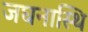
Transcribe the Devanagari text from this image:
जघनास्थि